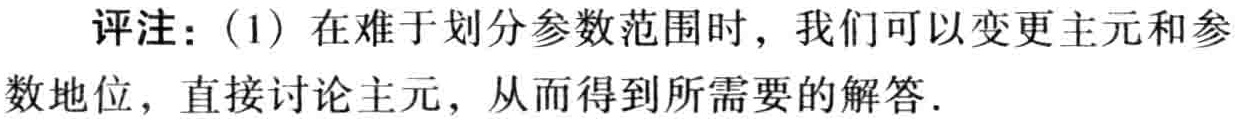
评注：(1) 在难于划分参数范围时，我们可以变更主元和参数地位，直接讨论主元，从而得到所需要的解答．